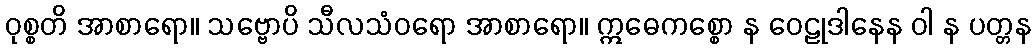
ဝုစ္စတိ အာစာရော။ သဗ္ဗောပိ သီလသံဝရော အာစာရော။ ဣဓေကစ္စော န ဝေဠုဒါနေန ဝါ န ပတ္တန